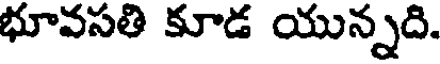
భూవసతి కూడ యున్నది.